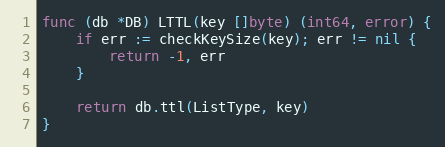
Language: Go
func (db *DB) LTTL(key []byte) (int64, error) {
	if err := checkKeySize(key); err != nil {
		return -1, err
	}

	return db.ttl(ListType, key)
}